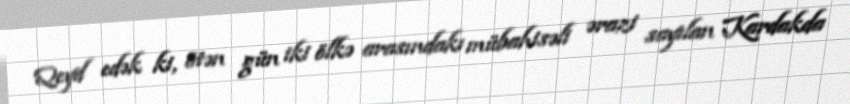
Qeyd edək ki, ötən gün iki ölkə arasındakı mübahisəli ərazi sayılan Kardakda